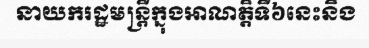
នាយករដ្ឋមន្ត្រីក្នុងអាណត្តិទី៦នេះនិង